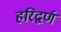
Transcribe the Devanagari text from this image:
हरिद्वर्ण